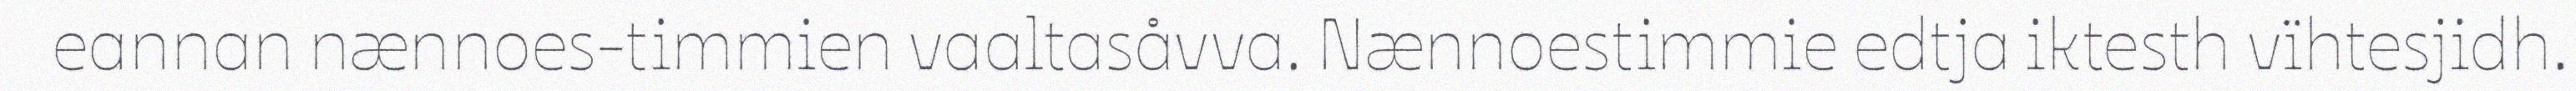
eannan nænnoes-timmien vaaltasåvva. Nænnoestimmie edtja iktesth vïhtesjidh.